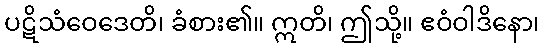
ပဋိသံဝေဒေတိ၊ ခံစား၏။ ဣတိ၊ ဤသို့။ ဧဝံဝါဒိနော၊